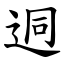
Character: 迵